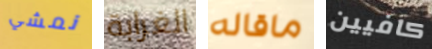
نمشي الغرابة ماقاله كافيين